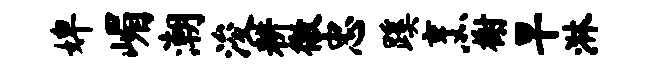
婢嵋潮浚耕徼忠蹊烹榭早淋